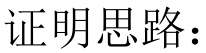
证明思路：